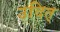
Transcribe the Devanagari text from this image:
उदित्